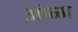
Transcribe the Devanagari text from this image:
ओळा